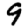
Digit: 9